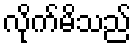
လိုက်မိသည်